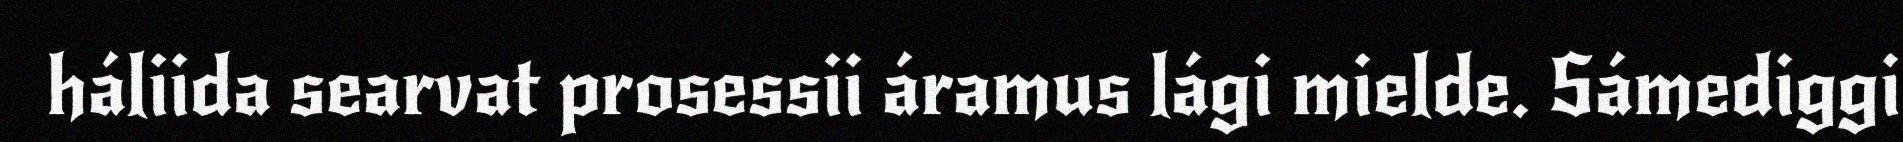
háliida searvat prosessii áramus lági mielde. Sámediggi